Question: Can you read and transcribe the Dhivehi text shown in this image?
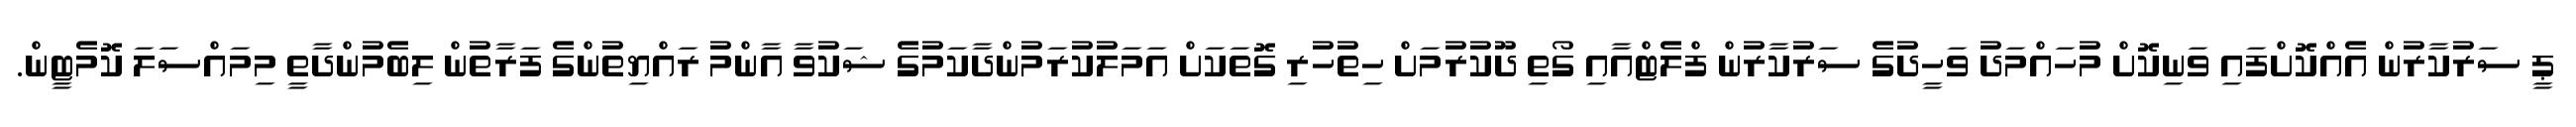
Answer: ޕީ ސަރުކާރުން އެއްކޮށްފައި ވަނިކޮށް މުހައްމަދު ވަހީދުގެ ސަރުކާރުން ފްލެޓްއާއި ގޯތި ދޫކުރުމަށް ހިތުހުރި ގޮތަކަށް އަމަލުކުރަމުންދާކަމުގެ ޝަކުވާ އާންމު ރައްޔިތުންގެ ފަރާތުން ލިބެމުންދާތީ މިމައްސަލަ ކޮމެޓީން.